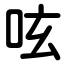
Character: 呟